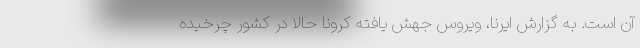
آن است. به گزارش ایرنا، ویروس جهش یافته کرونا حالا در کشور چرخیده